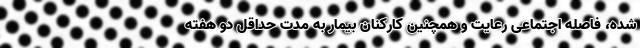
شده، فاصله اجتماعی رعایت و همچنین کارکنان بیمار به مدت حداقل دو هفته